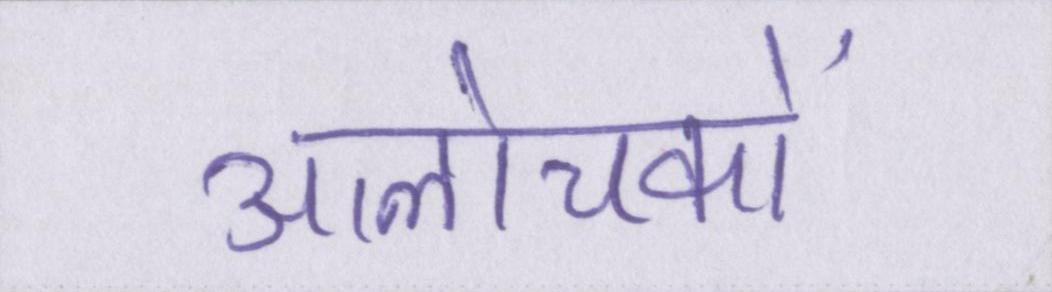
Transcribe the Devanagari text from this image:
आलोचकों